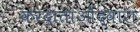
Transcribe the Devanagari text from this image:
करदाताओंद्वारा